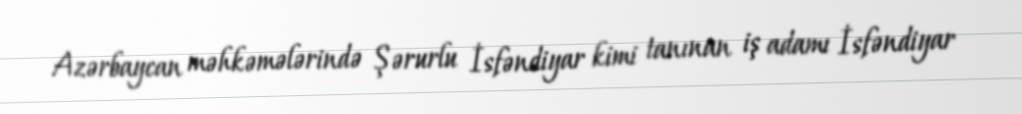
Azərbaycan məhkəmələrində Şərurlu İsfəndiyar kimi tanınan iş adamı İsfəndiyar